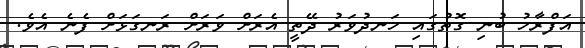
އަފްރާހު ބުނި ގޮތުގައި ހަނދުވަރު ދޭތީ އެރަށް ވަރަށް ރަނގަޅަށް ފެނެ އެވެ.